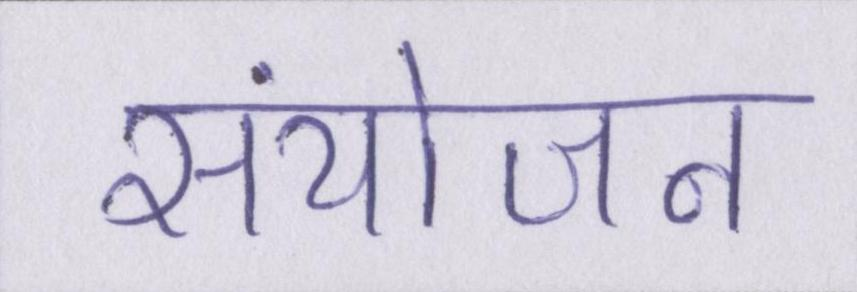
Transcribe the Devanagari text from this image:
संयोजन